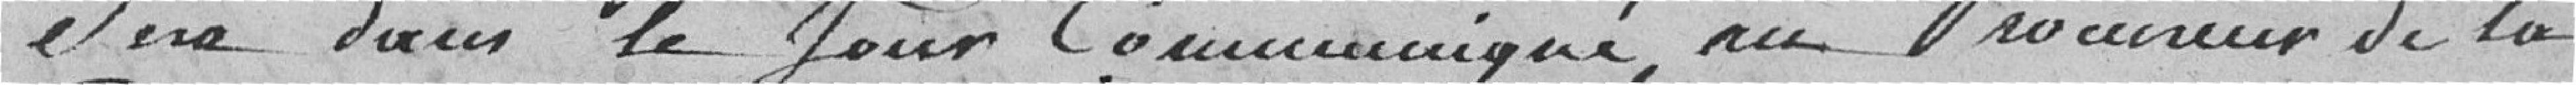
sera dans le jour communiqué au Procureur de la